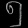
Digit: ၅